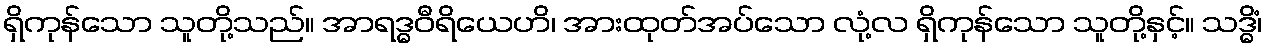
ရှိကုန်သော သူတို့သည်။ အာရဒ္ဓဝီရိယေဟိ၊ အားထုတ်အပ်သော လုံ့လ ရှိကုန်သော သူတို့နှင့်။ သဒ္ဓိံ၊